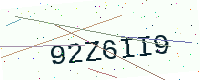
Text: 92Z6II9